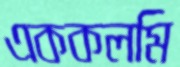
এককলমি